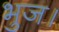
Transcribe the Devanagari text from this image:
भुज।